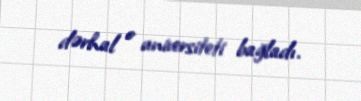
dərhal o universiteti bağladı.